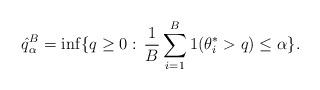
LaTeX: \begin{align*} \hat{q}^B_\alpha = \inf \lbrace q\geq 0: \, \frac{1}{B} \sum_{i=1}^B 1( \theta_i^*>q) \leq \alpha \rbrace. \end{align*}